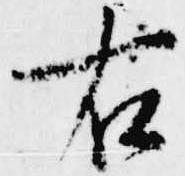
右